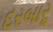
દરબારૢ